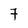
Character: 7